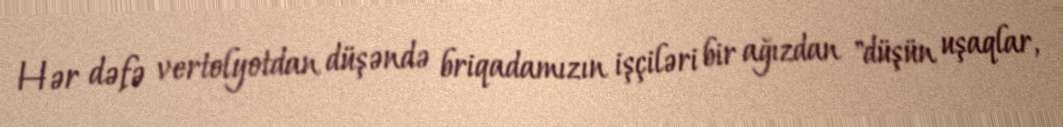
Hər dəfə vertolyotdan düşəndə briqadamızın işçiləri bir ağızdan "düşün uşaqlar,